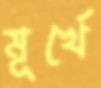
মূর্খে